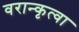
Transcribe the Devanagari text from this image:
वरान्कृत्वा